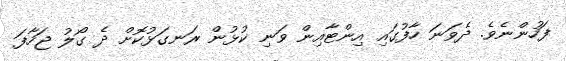
ފަހުންނެވެ. ދެވަނަ ހާފުގައި އިންޓާއިން ވަނި ކުޅުން ރަނގަޅުކޮށް ދެ ގޯލު ޖަހާފަ